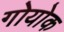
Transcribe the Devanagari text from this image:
गोयोक